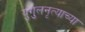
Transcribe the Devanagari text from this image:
युगुलनृत्याच्या